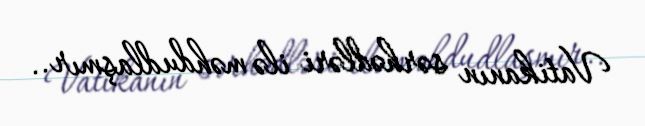
Vatikanın sərhədləri ilə məhdudlaşmır..